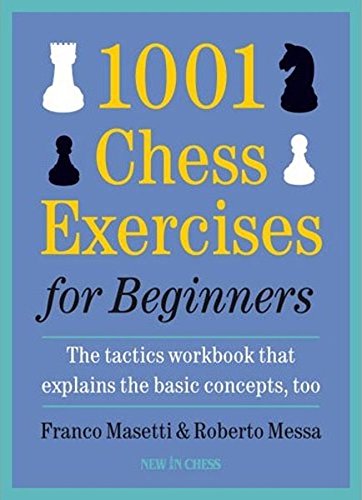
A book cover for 1001 Chess Exercises for Beginners: The Tactics Workbook that Explains the Basic Concepts, Too; Franco Masetti; Humor & Entertainment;